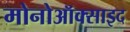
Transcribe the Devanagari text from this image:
मोनोऑक्साइद